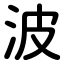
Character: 波